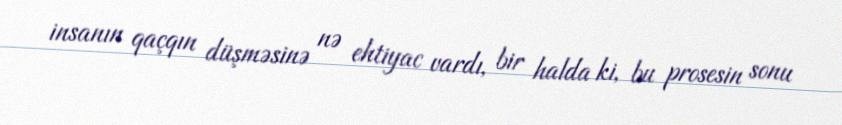
insanın qaçqın düşməsinə nə ehtiyac vardı, bir halda ki, bu prosesin sonu